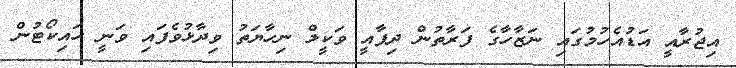
އިޖުރާއީ އަޑުއެހުމުގައި ނަޒާހާގެ ފަރާތުން ދިފާއީ ވަކީލް ނިހާޔަތު ވިދާޅުވެފައި ވަނީ ހައިކޯޓުން